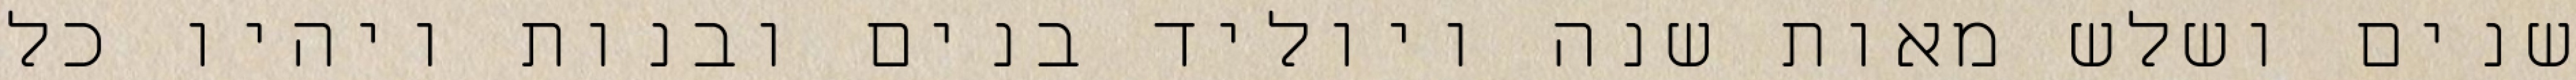
שנים ושלש מאות שנה ויוליד בנים ובנות ויהיו כל